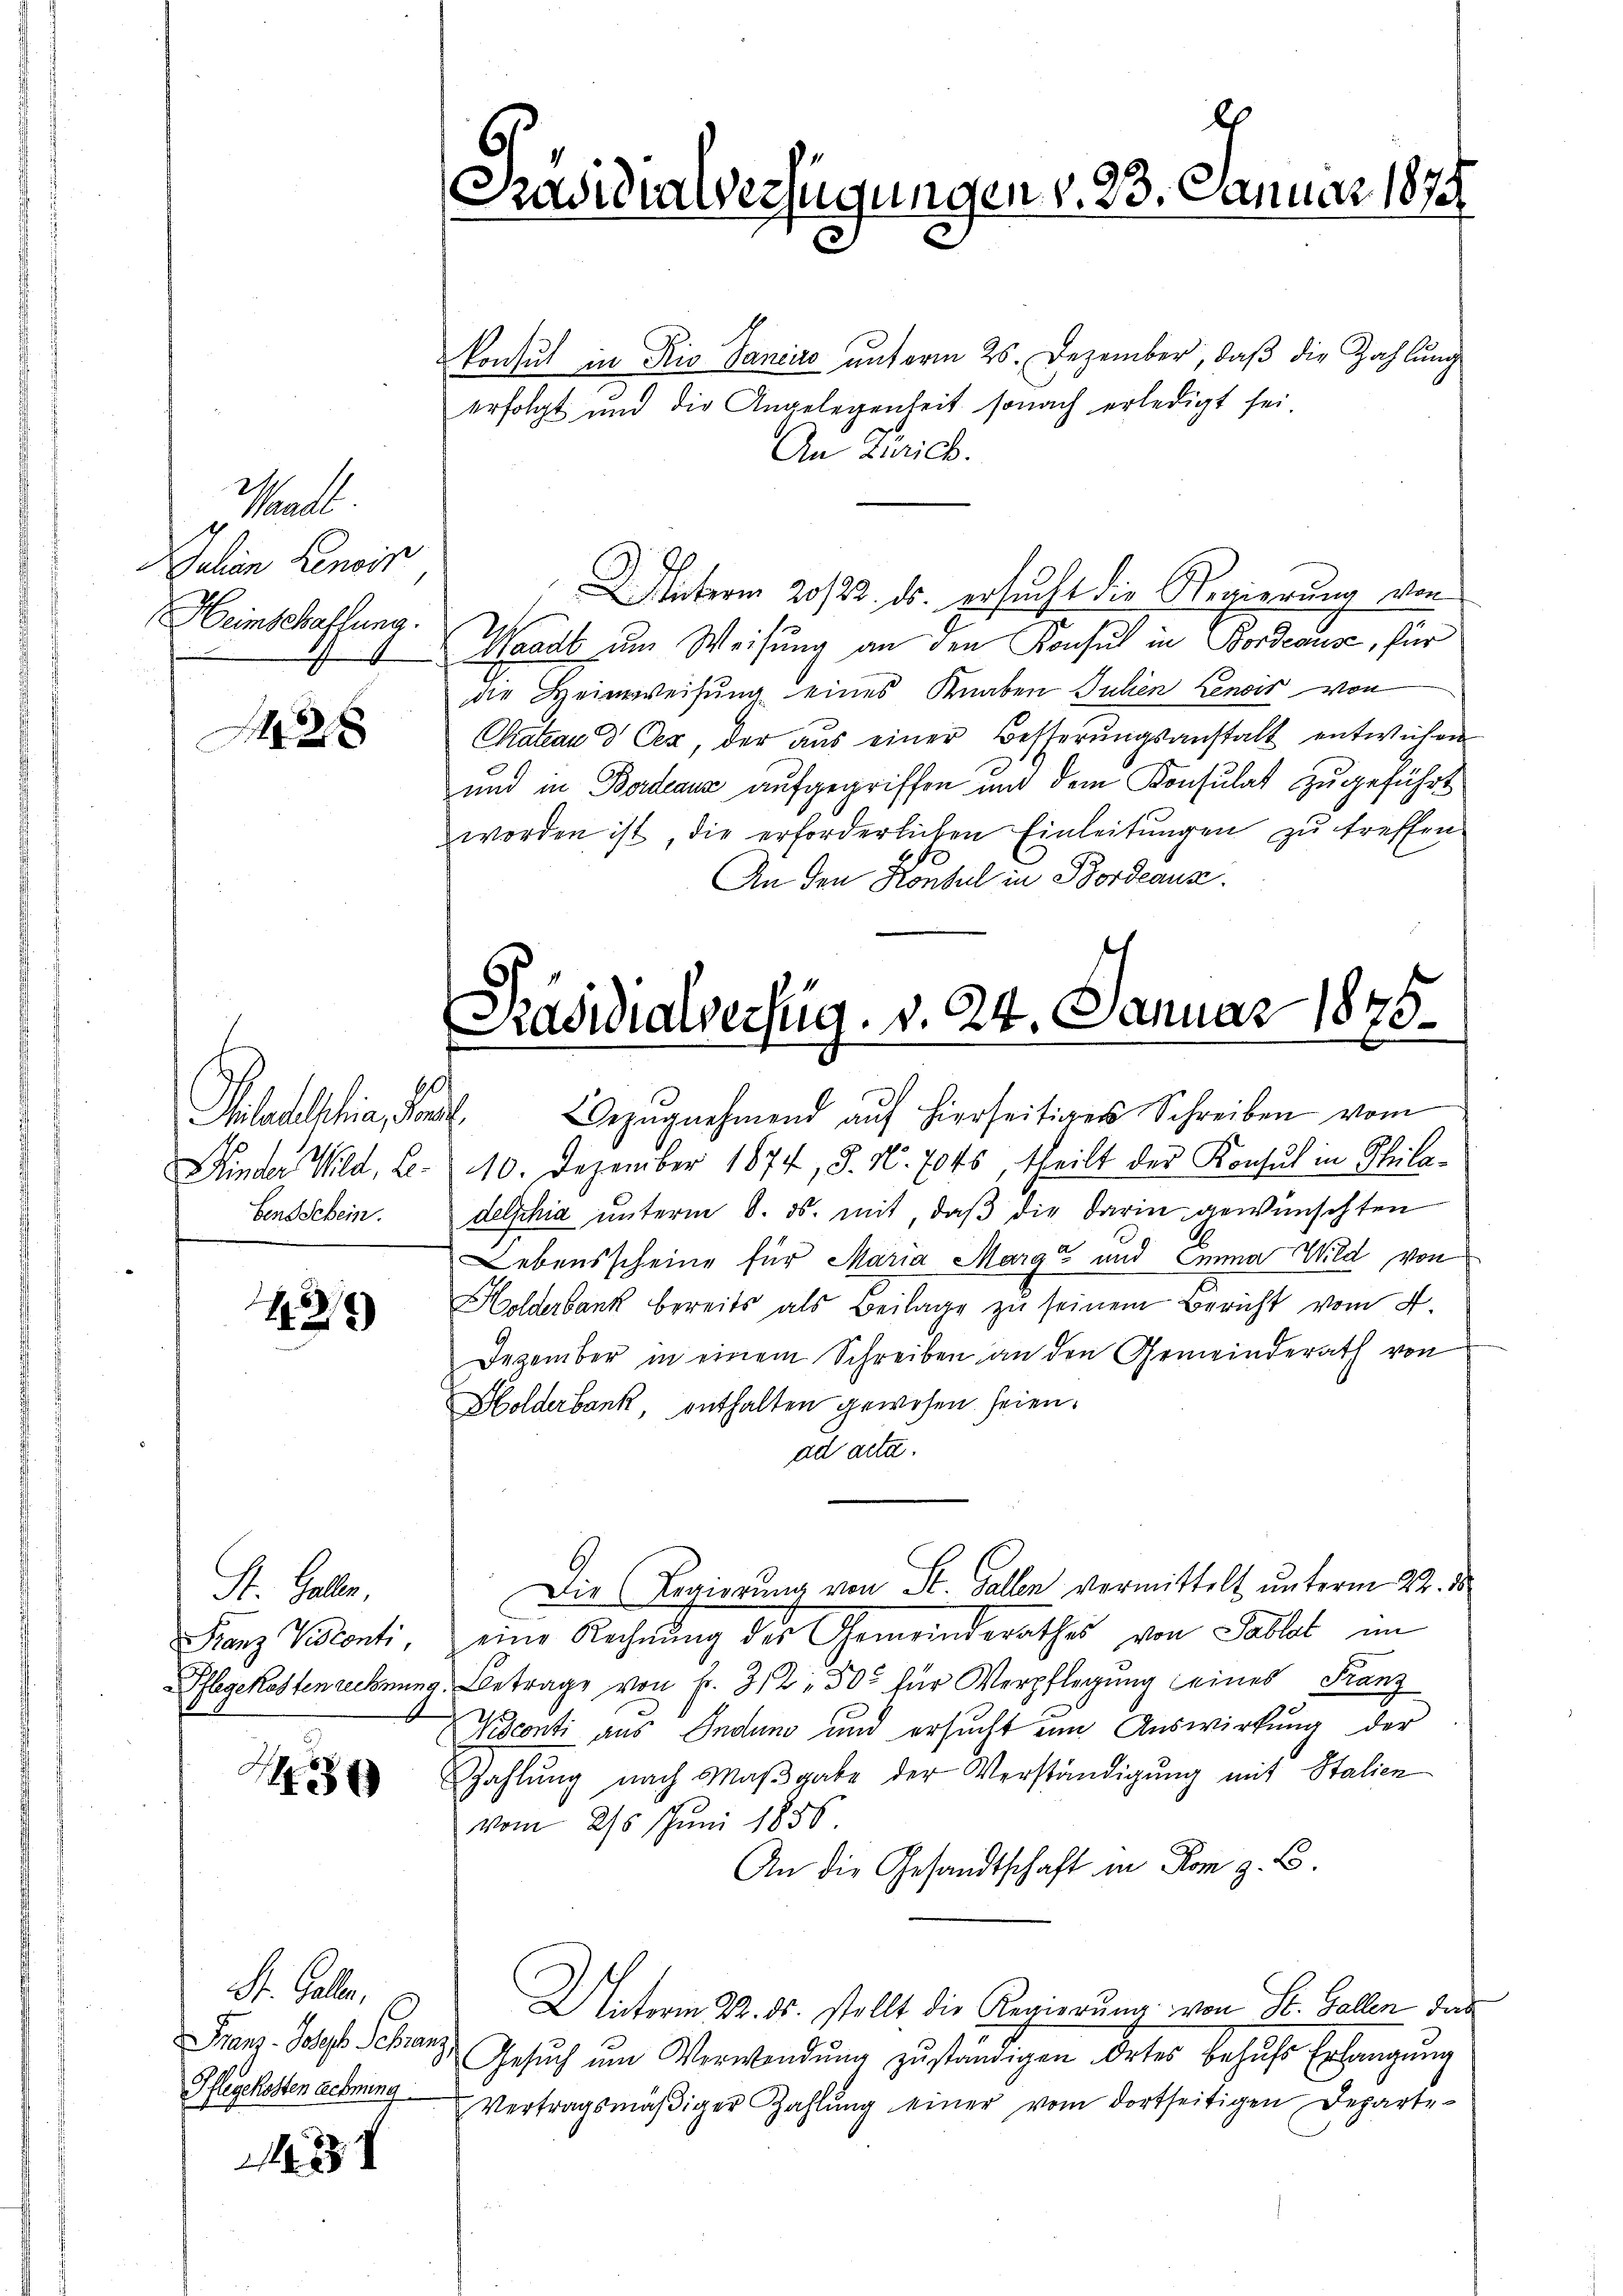
Schell
Julian Lenois
Heinschaffung.

1428

Italien, der
Bensschein.
.

1429)

St. Gallen,
Franz Visconti,

7

St. Galle,
Franz. Josef Schranz
Pflegekosten echnung

1431

konsul in Rio Sanciro unterm 25. Dezember, daß die Zahlung
erfolgt und die Angelegenheit sonach erledigt sei
An Zürich.
Unterm 20/22. ds. ersucht die Regierung von
Waadt um Weisung an den Konsul in Bordeaus, für
die Heimweisung eines Knaben Julien Lenois von
Chateau d Oer, der aŭs einer Besserŭngsanstalt entwichen
und in Bordeaus aufgegriffen und dem Konsulat zugeführt
worden ist, die erforderlichen Einleitungen zu treffen.
f
An den Konsul in Bordeaus

Bezŭgnehmend aŭf hierseitiger Schreiben vom
Kinder Wild, B. 10. Dezember 1874, S. N. 704s, theilt der Konsul in Philadelphia unterm 8. ds. mit, daβ die darin gewünschten
Lebensscheine für Maria Marge und Emma Wild von
Holderbank bereits als Beilage zu seinem Bericht vom 4.
Dezember in einem Schreiben an den Gemeinderath von
Holderbank, enthalten gewesen seien.
ad acta.
Die Regierung von St. Gallen vermittelt unterm 22. d
eine Rechnung der Gemeindsrathes von Tablat im
Pflegekostenrechnung. Betrage von Fr. 312, 300 für Verpflegung eines Franz
Vsconti aus Indung und ersucht um Auswirkung der
Zahlŭng nach Maβgabe der Verständigŭng mit Stalien
vom 25. Juni 1886
An die Gesandtschaft in Rom z. B.
Unterm 22. ds. stellt die Regierŭng von St. Gallen de
Gesuch um Verwendung zuständigen detes besuche Erlangung
Vertragsmäβiger Zahlŭng einer vom dortseitigen Departe-

s
Basiliarverfügungen v. 23. Januar 1874

Präsidialverfug. v. 24. Januar 1875.